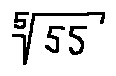
\sqrt [ 5 ] { 5 5 }